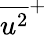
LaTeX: {\overline{{u^{2}}}}^{+}